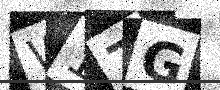
Text: W17G